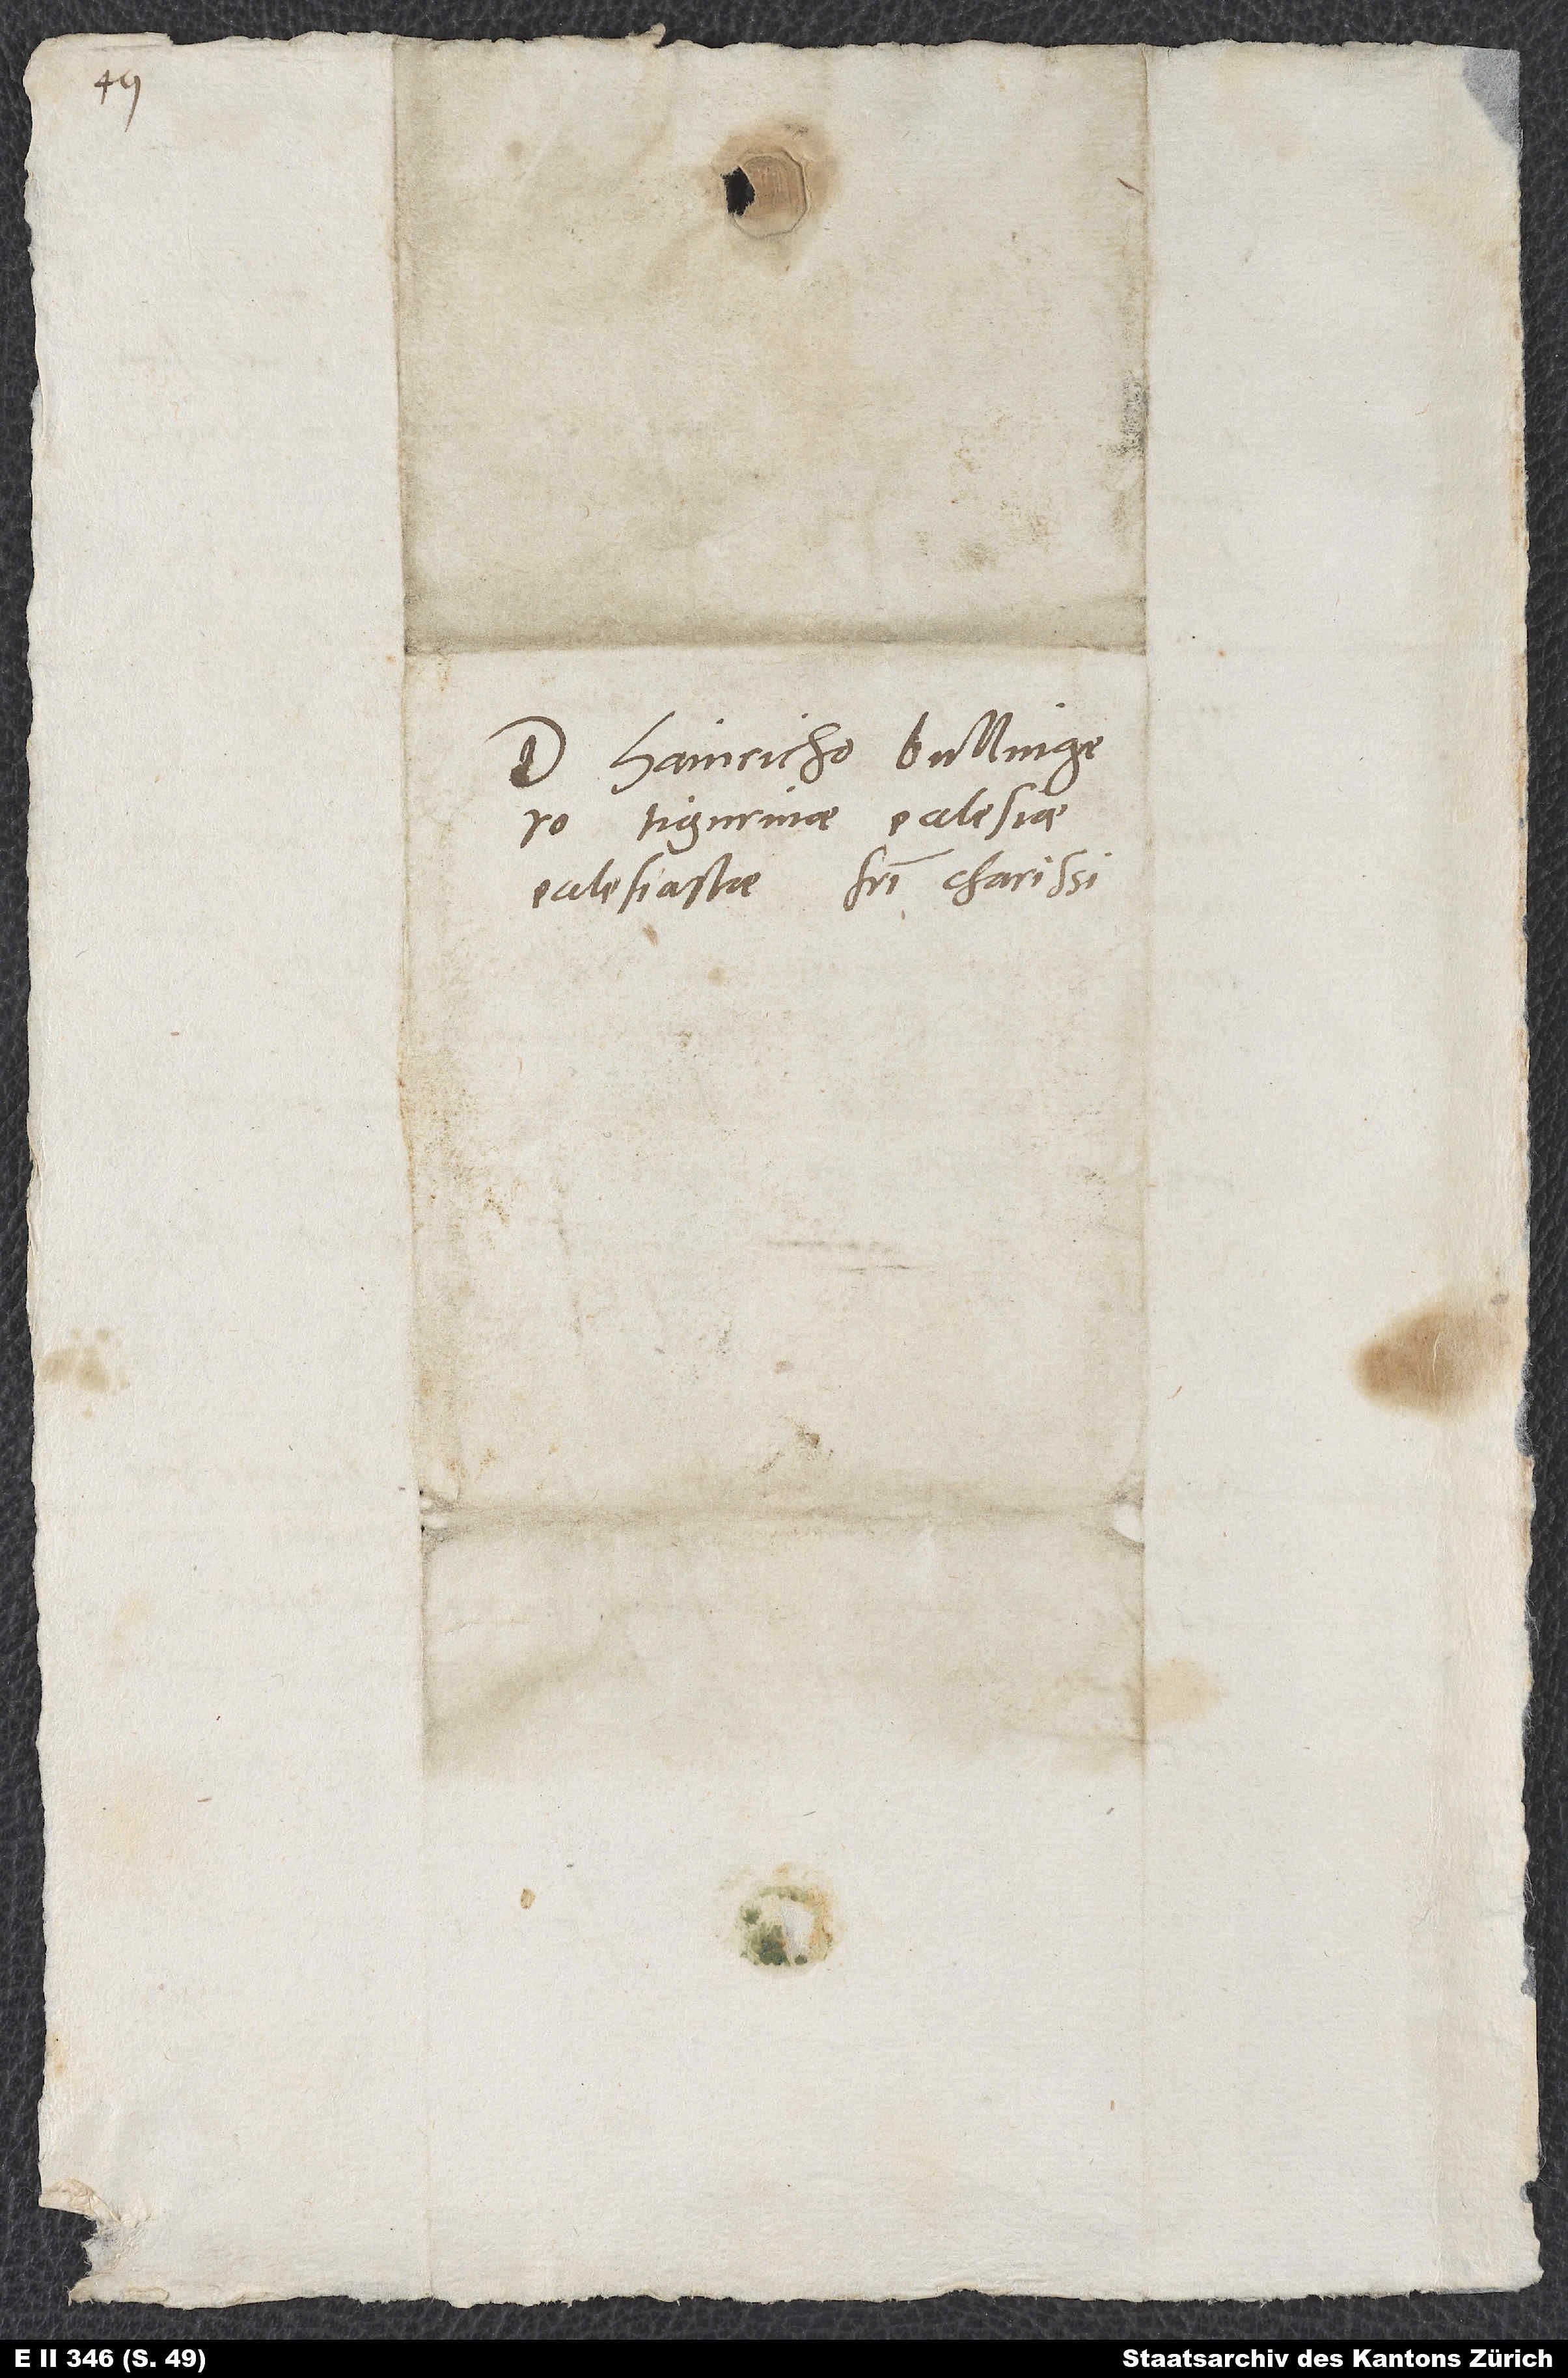
Domino Hainricho Bullingero,
Tigurinae eclesiae
ecclesiastae, fratri charissimo.